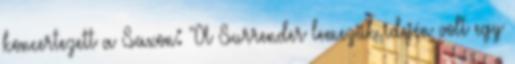
koncertezett a Saxon: "A Surrender lemezük idején volt egy